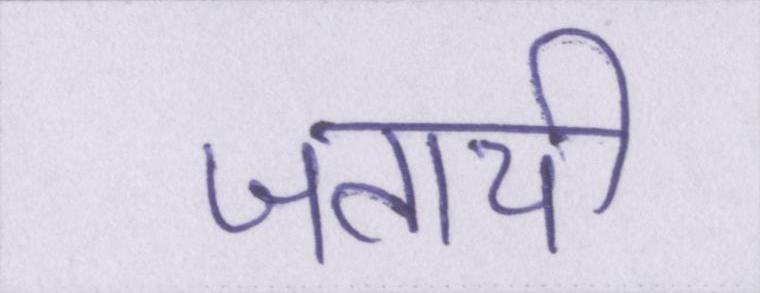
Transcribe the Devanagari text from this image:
जतायी